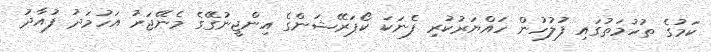
ކަމުގެ ތުހުމަތުގައި ފުލުހުން ހައްޔަރުކުރި ފެނަކަ ކޯޕަރޭޝަންގެ އިންޖީނުގޭގެ މެނޭޖަރު އަހުމަދު ފުއާދު